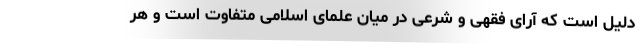
دلیل است که آرای فقهی و شرعی در میان علمای اسلامی متفاوت است و هر